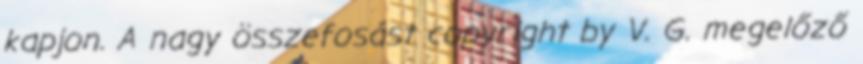
kapjon. A nagy összefosást copyright by V. G. megelőző